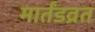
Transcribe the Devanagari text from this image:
मार्तंडव्रत